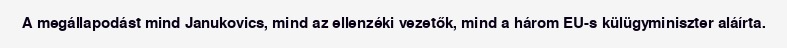
A megállapodást mind Janukovics, mind az ellenzéki vezetők, mind a három EU-s külügyminiszter aláírta.